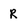
Character: R